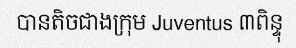
បានតិចជាងក្រុម Juventus ៣ពិន្ទុ